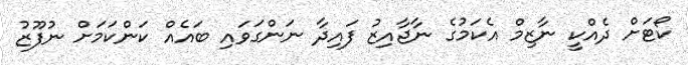
ކޯޓަށް ދެއްކީ ނާޒިމް އެކަމުގެ ނާޖާއިޒު ފައިދާ ނަންގަވައި ބައެއް ކަންކަމަށް ނުފޫޒު